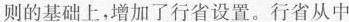
则的基础上，增加了行省设置。行省从中